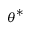
{ \boldsymbol { \theta } } ^ { * }